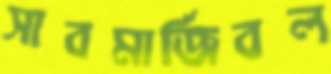
সাবমার্জিবল